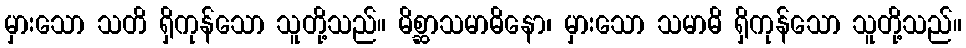
မှားသော သတိ ရှိကုန်သော သူတို့သည်။ မိစ္ဆာသမာဓိနော၊ မှားသော သမာဓိ ရှိကုန်သော သူတို့သည်။